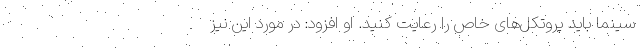
سینما باید پروتکل‌های خاص را رعایت کنید. او افزود: در مورد این نیز